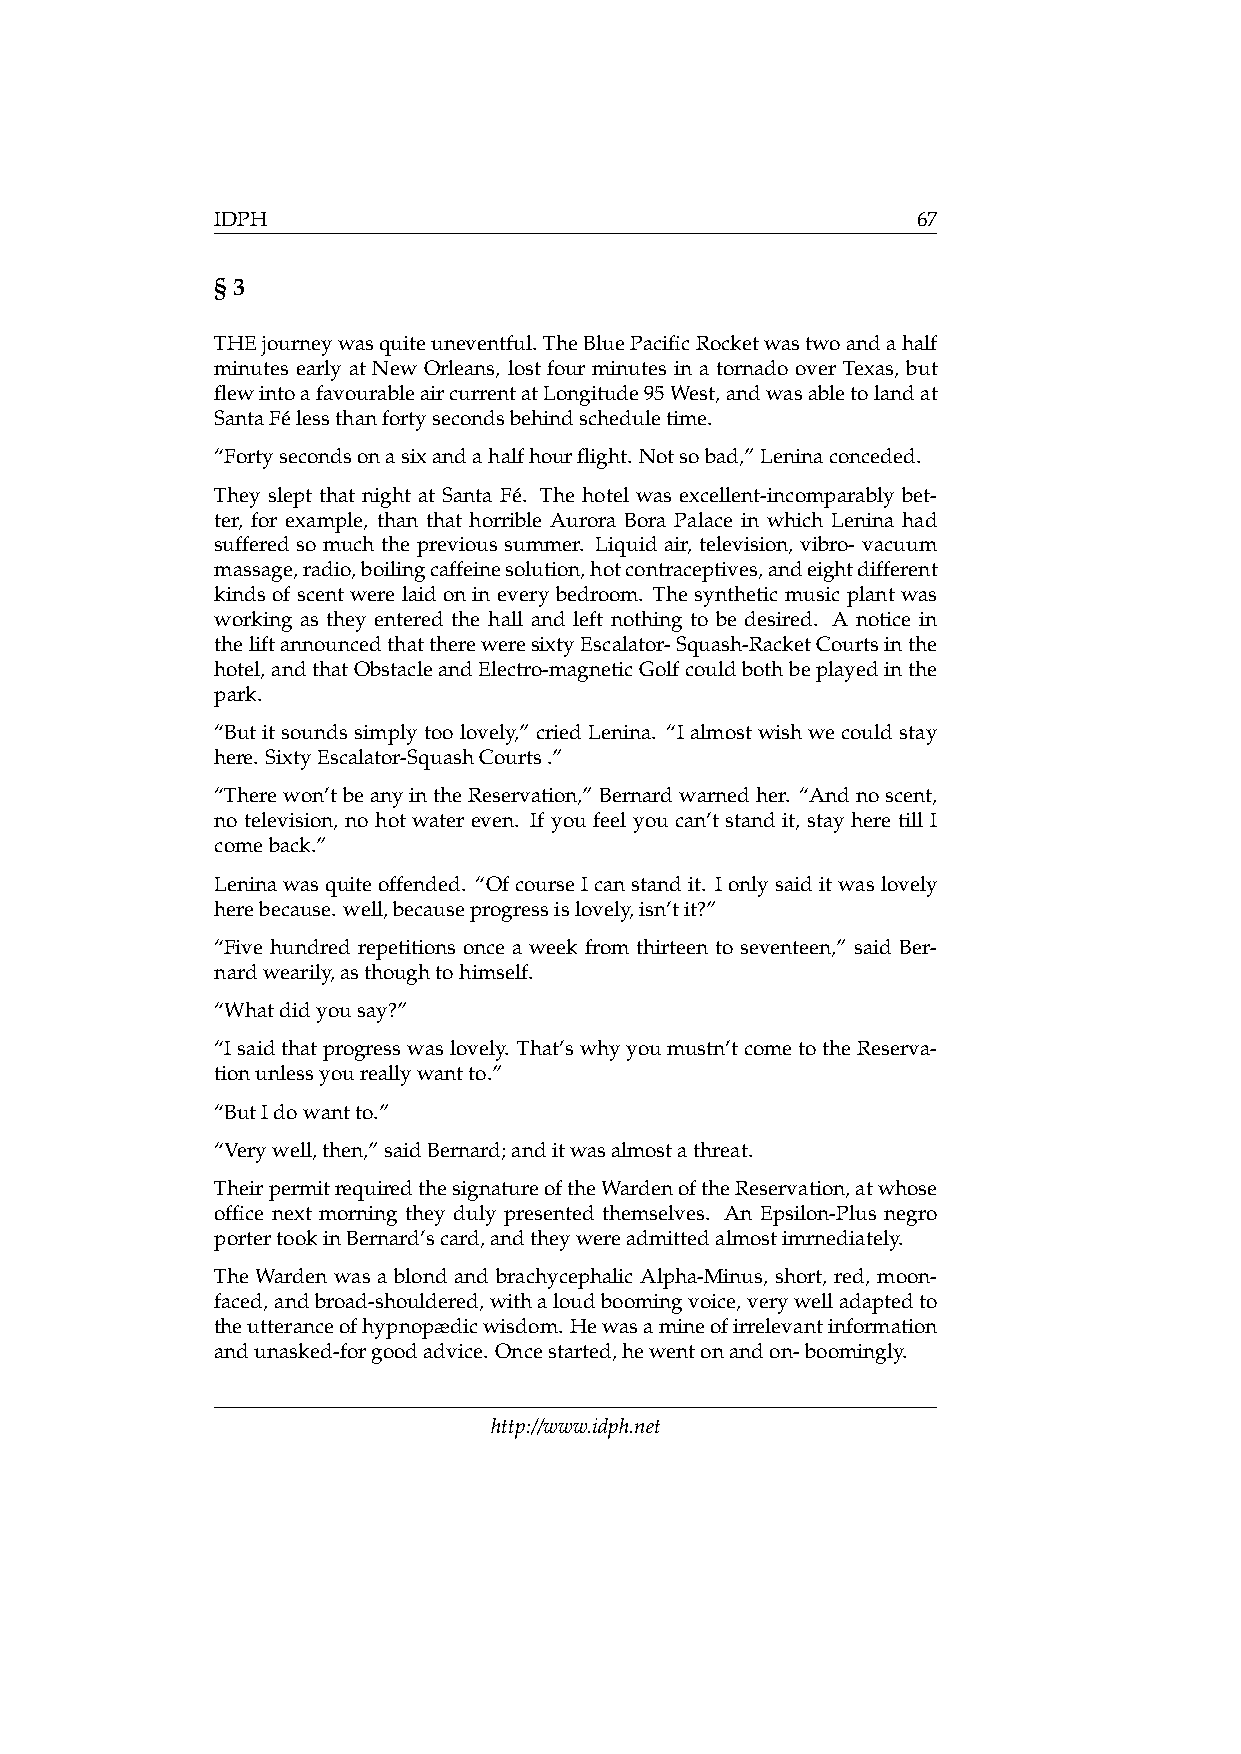
IDPH                                           67
 §3
 THEjourneywasquiteuneventful. TheBluePacificRocketwastwoandahalf
 minutes early at New Orleans, lost four minutes in a tornado over Texas, but
 flewintoafavourableaircurrentatLongitude95West,andwasabletolandat
 SantaFélessthanfortysecondsbehindscheduletime.
 “Fortysecondsonasixandahalfhourflight. Notsobad,”Leninaconceded.
 They slept that night at Santa Fé. The hotel was excellent-incomparably bet-
 ter, for example, than that horrible Aurora Bora Palace in which Lenina had
 suffered so much the previous summer. Liquid air, television, vibro- vacuum
 massage,radio,boilingcaffeinesolution,hotcontraceptives,andeightdifferent
 kinds of scent were laid on in every bedroom. The synthetic music plant was
 working as they entered the hall and left nothing to be desired. A notice in
 theliftannouncedthatthereweresixtyEscalator-Squash-RacketCourtsinthe
 hotel,andthatObstacleandElectro-magneticGolfcouldbothbeplayedinthe
 park.
 “Butitsoundssimplytoolovely,” criedLenina. “Ialmostwishwecouldstay
 here. SixtyEscalator-SquashCourts.”
 “Therewon’tbeanyintheReservation,”Bernardwarnedher. “Andnoscent,
 no television, no hot water even. If you feel you can’t stand it, stay here till I
 comeback.”
 Leninawasquiteoffended. “OfcourseIcanstandit. Ionlysaiditwaslovely
 herebecause. well,becauseprogressislovely,isn’tit?”
 “Five hundred repetitions once a week from thirteen to seventeen,” said Ber-
 nardwearily,asthoughtohimself.
 “Whatdidyousay?”
 “Isaidthatprogresswaslovely. That’swhyyoumustn’tcometotheReserva-
 tionunlessyoureallywantto.”
 “ButIdowantto.”
 “Verywell,then,”saidBernard;anditwasalmostathreat.
 TheirpermitrequiredthesignatureoftheWardenoftheReservation,atwhose
 office next morning they duly presented themselves. An Epsilon-Plus negro
 portertookinBernard’scard,andtheywereadmittedalmostimrnediately.
 The Warden was a blond and brachycephalic Alpha-Minus, short, red, moon-
 faced,andbroad-shouldered,withaloudboomingvoice,verywelladaptedto
 theutteranceofhypnopædicwisdom. Hewasamineofirrelevantinformation
 andunasked-forgoodadvice. Oncestarted,hewentonandon-boomingly.
 http://www.idph.net